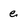
Character: e